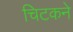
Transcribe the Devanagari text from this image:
चिटकने